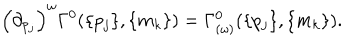
LaTeX: \left( { \partial } _ { p _ { j } } \right) ^ { \omega } \Gamma ^ { 0 } ( \{ p _ { j } \} , \{ m _ { k } \} ) = \Gamma _ { ( \omega ) } ^ { 0 } ( \{ p _ { j } \} , \{ m _ { k } \} ) .